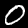
Digit: 0